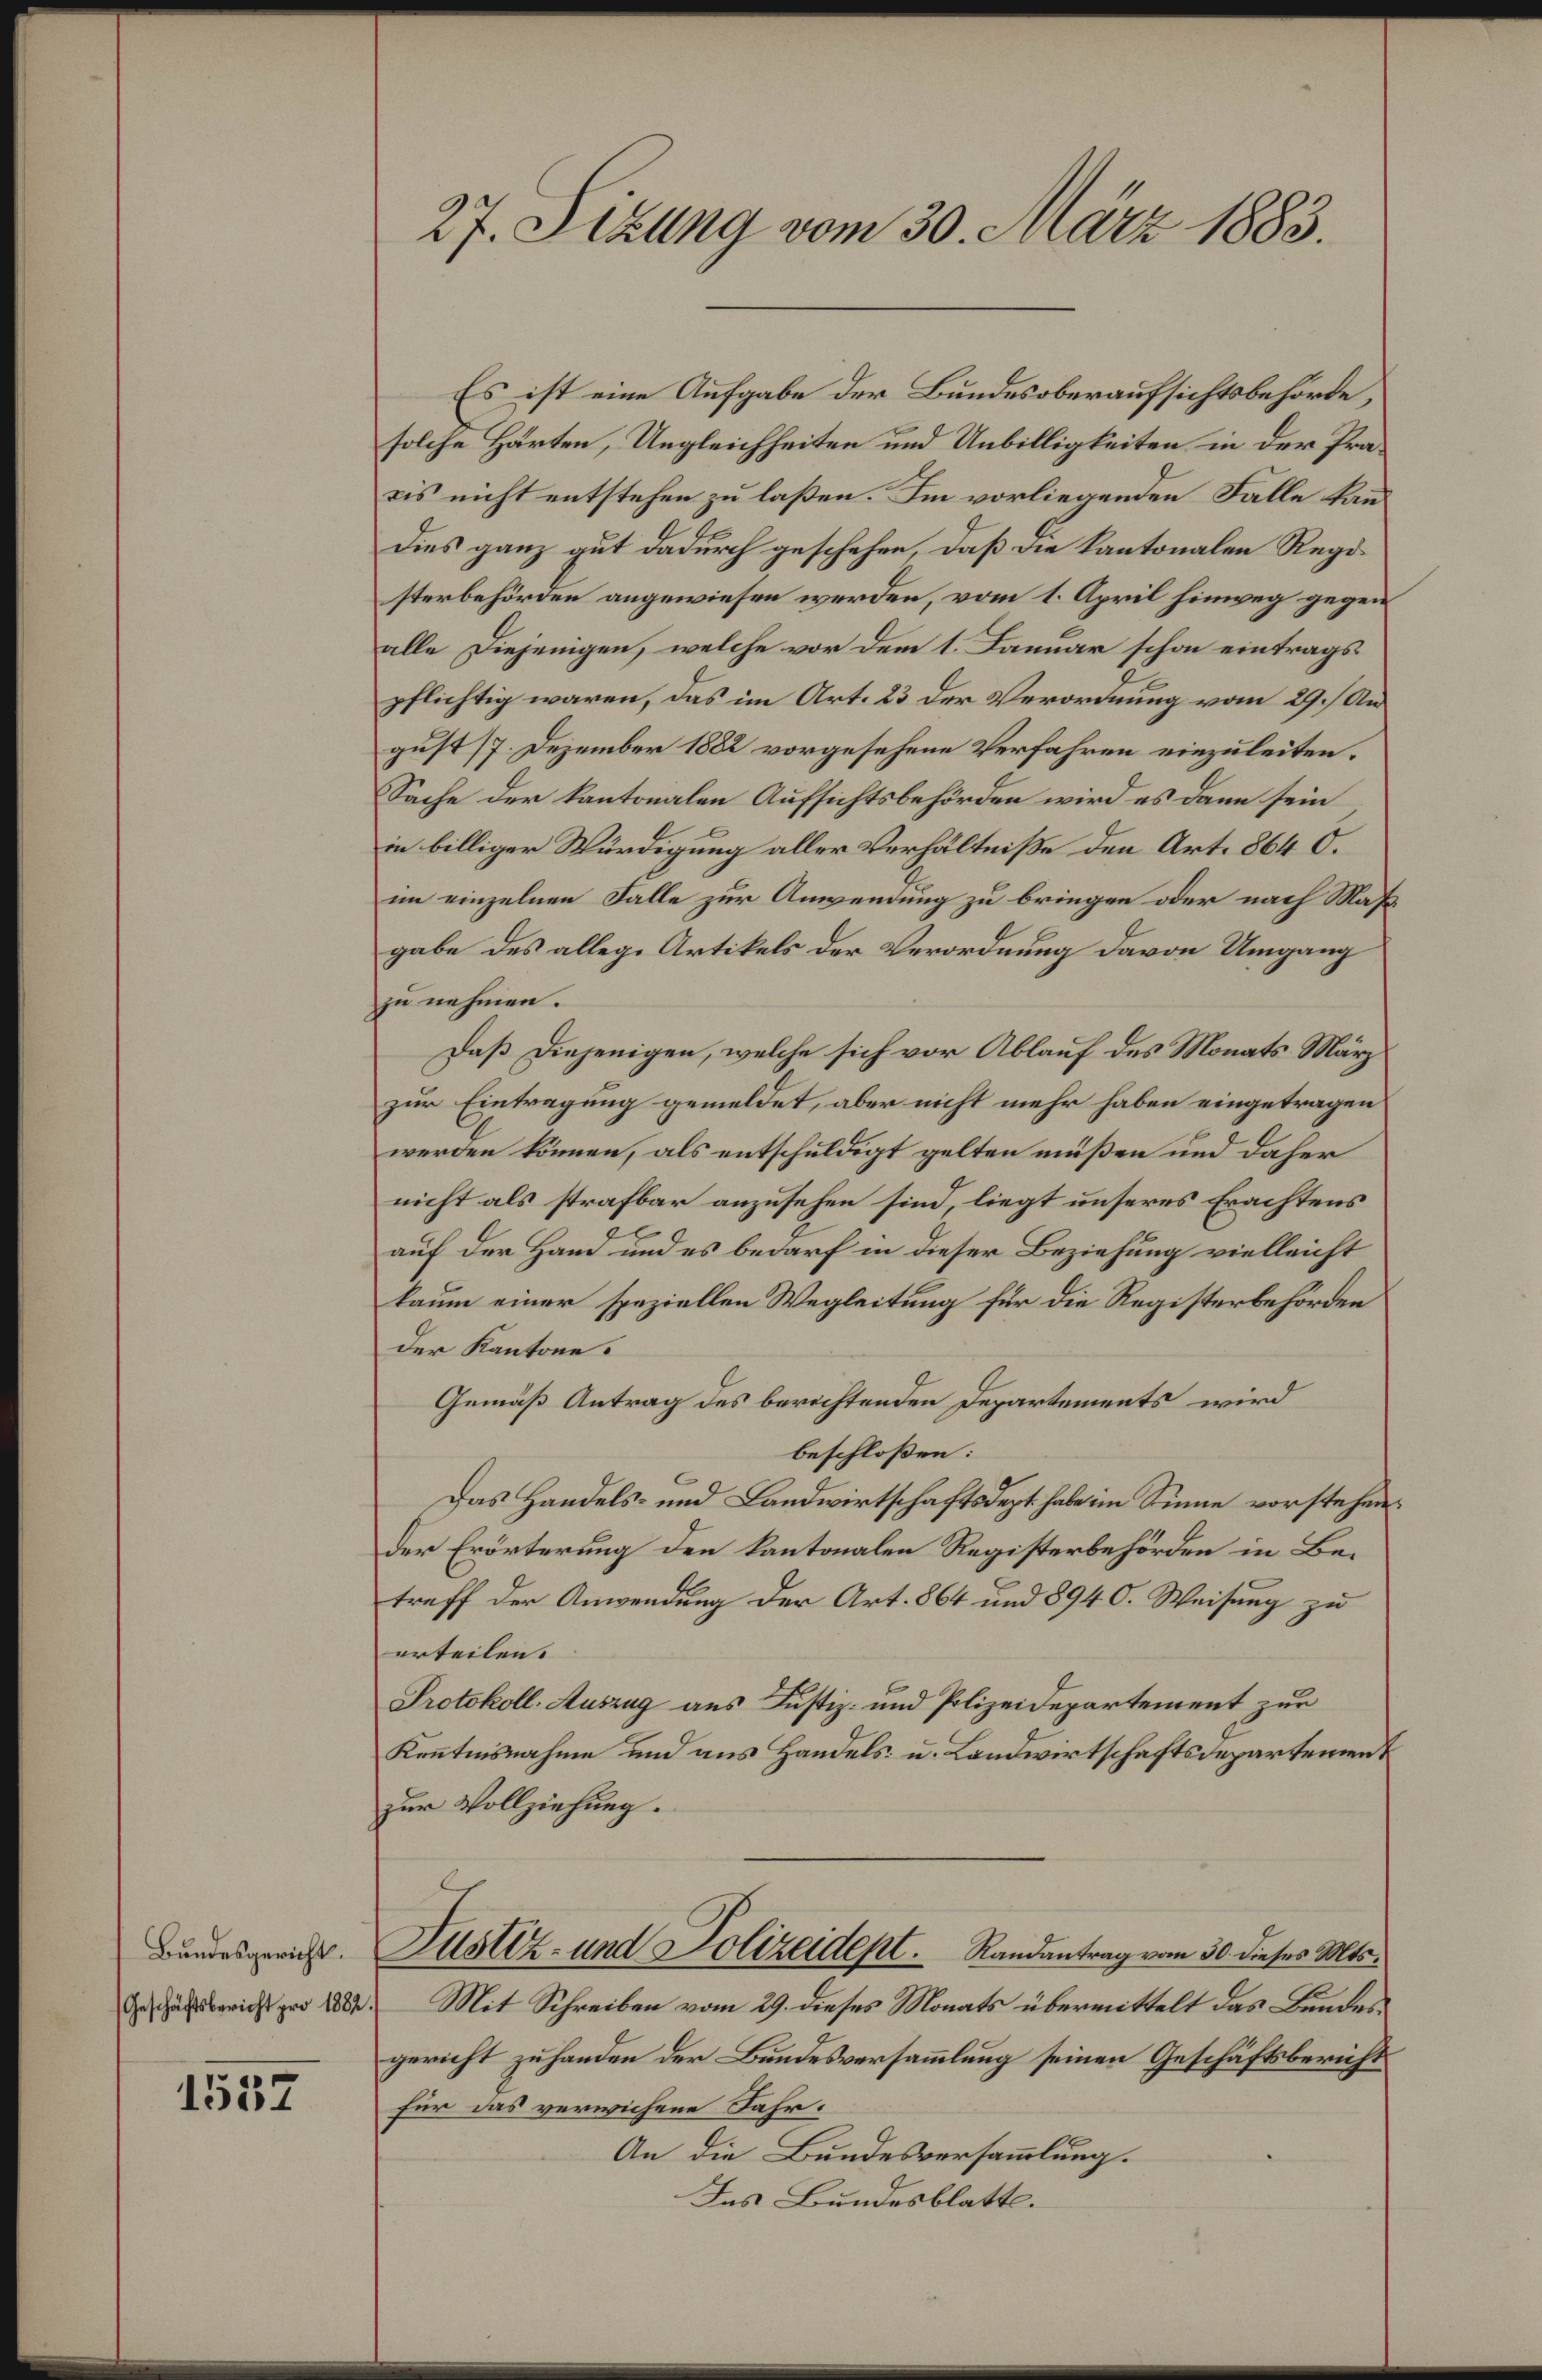
Bundesgericht.

1557

27. Sizung vom 30. März 1883.

Es ist eine Aufgabe der Bundesoberaufsichtsbehörde,
solche Härten, Ungleichheiten und Unbilligkeiten in der Präbis nicht entstehen zu laßen. Im vorliegenden Falle kan¬
Dies ganz gut dadurch geschehen, daß die Kantonalen Regi
sterbehörden angewiesen werden, vom 1. April hinweg gegen
alle Diejenigen, welche vor dem 1. Januar schon eintrags
pflichtig waren, das im Art. 23 der Verordnung vom 29. Au
gust 17. Dezember 1882 vorgesehene Verfahren einzuleiten.
Sache der kantonalen Aufsichtsbehörden wird es dann sein
in billiger Würdigung aller Verhältniße den Art. 864 0.
im einzelnen Falle zur Anwendung zu bringen oder nach Maßgabe des allege Artikels der Verordnung davon Umgang
zu nehmen.
Daß diejenigen, welche sich vor Ablauf des Monats März
zur Eintragung gemeldet, aber nicht mehr haben eingetragen
werden können, als entschuldigt gelten müßen und daher
nicht als strafbar anzusehen sind, liegt unseres Erachtens
auf der Hand und es bedarf in dieser Beziehung vielleicht
kaum einer speziellen Wegleitung für die Registerbehörden
der Kantone.
Gemäß Antrag des berichtenden Departements wird
beschloßen:
Das Handels- und Landwirtschaftsdept habe im Sinne vorstehender Erörterung den kantonalen Registerbehörden in Betreff der Anwendung der Art. 864 und 8940. Weisung zu
erteilen.
Protokoll: Auszug aus Justiz- und Polizeidepartement zur
Kenntnisnahme und aus Handels- u. Landwirtschaftsdepartement
zur Vollziehung.
Justiz- und Polizeidept. Randantrag vom 30. dieses Mts.
desbericht pro 1882. Mit Schreiben vom 29. dieses Monats übermittelt das Bundesgericht zu handen der Bundesversammlung seinen Geschäftsbericht
Für das verwichene Jahr.
An die Bundesversammlung.
Ins Bundesblatt.